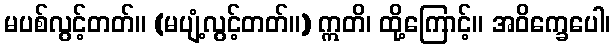
မပစ်လွင့်တတ်။ (မပျံ့လွင့်တတ်။) ဣတိ၊ ထို့ကြောင့်။ အဝိက္ခေပေါ၊